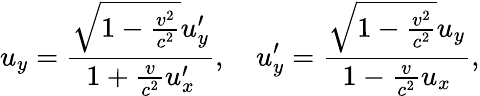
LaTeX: u_{y}={\frac{{\sqrt{1-{\frac{v^{2}}{c^{2}}}}}u_{y}^{\prime}}{1+{\frac{v}{c^{2}}}u_{x}^{\prime}}},\quad u_{y}^{\prime}={\frac{{\sqrt{1-{\frac{v^{2}}{c^{2}}}}}u_{y}}{1-{\frac{v}{c^{2}}}u_{x}}},